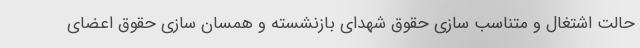
حالت اشتغال و متناسب سازی حقوق شهدای بازنشسته و همسان سازی حقوق اعضای